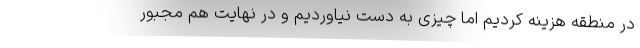
در منطقه هزینه کردیم اما چیزی به دست نیاوردیم و در نهایت هم مجبور